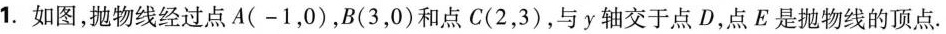
1.如图，抛物线经过点A(-1，0)，B(3，0)和点C(2，3)，与y轴交于点D，点E是抛物线的顶点。